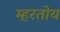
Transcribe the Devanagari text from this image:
म्हरतोय